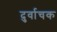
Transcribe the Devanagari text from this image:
दुर्वाचक